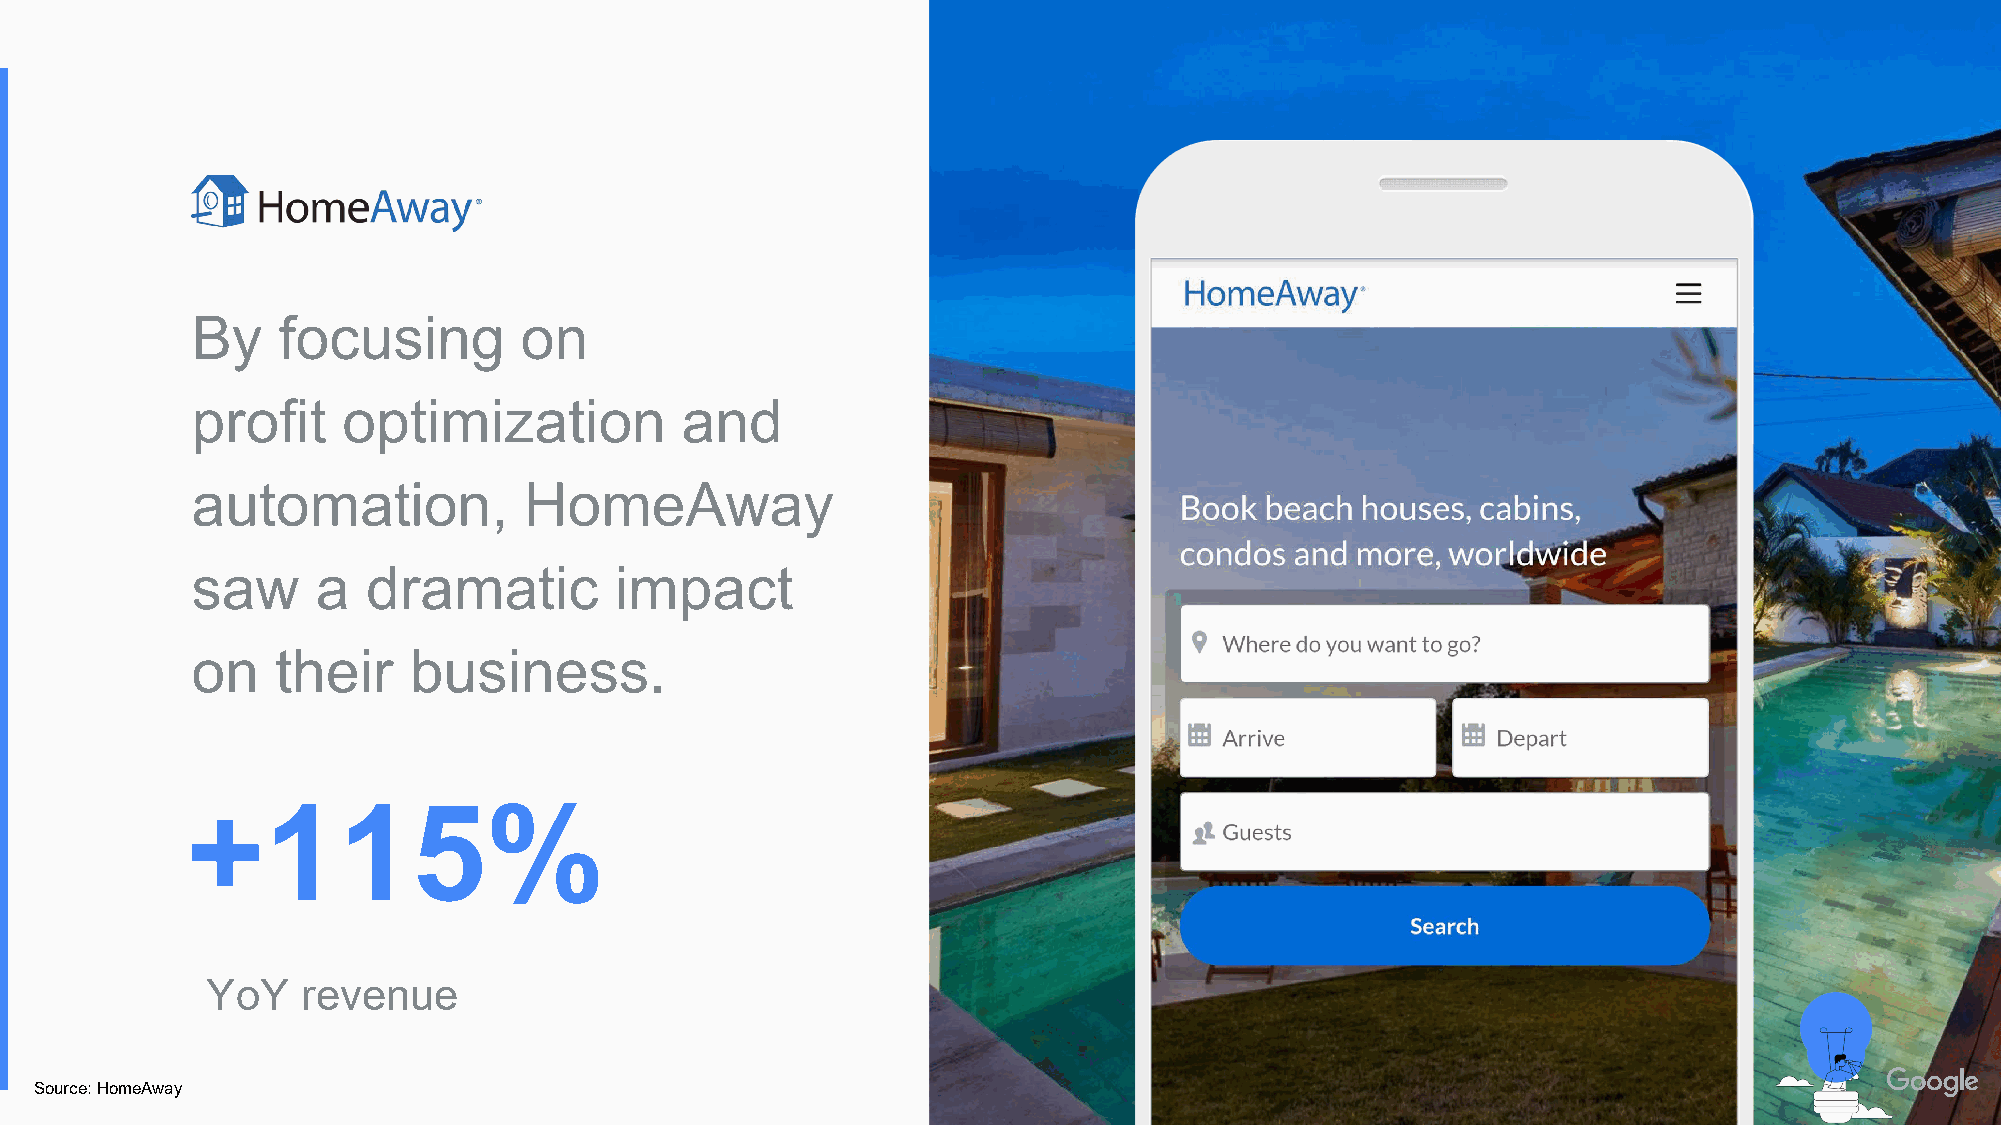
Proprietary + Confidential
 By   focusing        on
 profit    optimization          and
 automation,           HomeAway
 saw     a  dramatic         impact
 on   their    business.
 +115%
 YoY   revenue
 Source: HomeAway